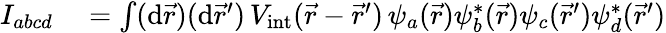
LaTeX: \begin{array}{rl}{I_{abcd}}&{{}=\int(\mathrm{d}\vec{r})(\mathrm{d}\vec{r}^{\prime})\, V_{\mathrm{int}}(\vec{r}-\vec{r}^{\prime})\, \psi_{a}(\vec{r})\psi_{b}^{*}(\vec{r})\psi_{c}(\vec{r}^{\prime})\psi_{d}^{*}(\vec{r}^{\prime})}\end{array}